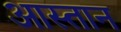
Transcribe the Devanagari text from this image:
आस्तान